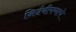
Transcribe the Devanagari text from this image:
निर्दयीपणाचे